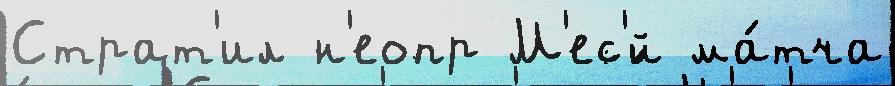
Страт'ил н'еопр М'ес'́й ма́тча